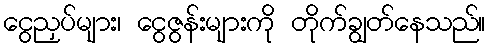
ငွေညှပ်များ၊ ငွေဇွန်းများကို တိုက်ချွတ်နေသည်။